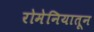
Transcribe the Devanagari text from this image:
रोमेनियातून